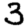
Digit: 3